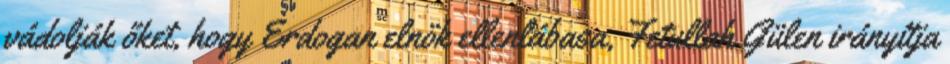
vádolják őket, hogy Erdogan elnök ellenlábasa, Fetullah Gülen irányítja